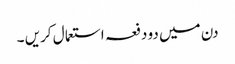
دن میں دو دفعہ استعما ل کریں ۔